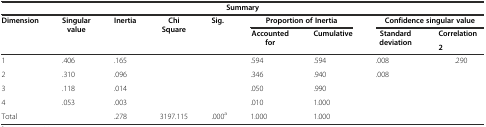
| <COLSPAN=9> Summary |
 | <ROWSPAN=3> Dimension | <ROWSPAN=3> Singular value | <ROWSPAN=3> Inertia | <ROWSPAN=3> Chi Square | <ROWSPAN=3> Sig. | <COLSPAN=2> Proportion of Inertia | <COLSPAN=2> Confidence singular value |
 | <ROWSPAN=2> Accounted for | <ROWSPAN=2> Cumulative | <ROWSPAN=2> Standard deviation | Correlation |
 | 2 |
 | --- | --- | --- | --- | --- | --- | --- | --- | --- |
 | 1 | .406 | .165 |  |  | .594 | .594 | .008 | .290 |
 | 2 | .310 | .096 |  |  | .346 | .940 | .008 |  |
 | 3 | .118 | .014 |  |  | .050 | .990 |  |  |
 | 4 | .053 | .003 |  |  | .010 | 1.000 |  |  |
 | Total |  | .278 | 3197.115 | .000a | 1.000 | 1.000 |  |  |